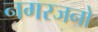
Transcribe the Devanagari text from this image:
नगरजनो